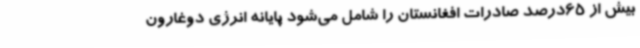
بیش از 65درصد صادرات افغانستان را شامل می‌شود پایانه انرژی دوغارون